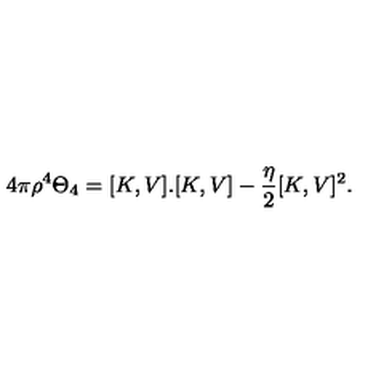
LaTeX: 4 \pi \rho ^ { 4 } \Theta _ { 4 } = [ K , V ] . [ K , V ] - \frac { \eta } { 2 } [ K , V ] ^ { 2 } .